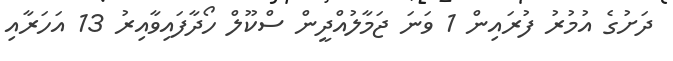
ދަށުގެ އުމުރު ފުރައިން 1 ވަނަ ޖަމާލުއްދީން ސްކޫލް ހޯދާފައިވާއިރު 13 އަހަރާއި